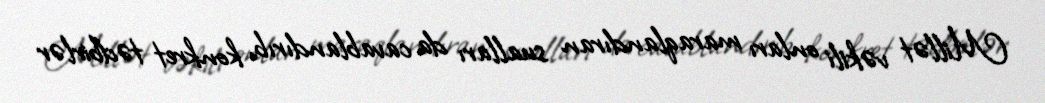
Millət vəkili onları maraqlandıran sualları da cavablandırıb, konkret tədbirlər